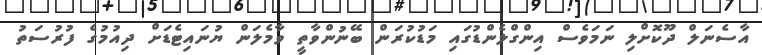
އާސެނަލް ދޫކޮށްލި ނަމަވެސް އިންގްލެންޑުގައި މަޑުކުރަން ބޭނުންވާތީ ވާމެލަން ޔުނައިޓެޑަށް ދިއުމުގެ ފުރުސަތު